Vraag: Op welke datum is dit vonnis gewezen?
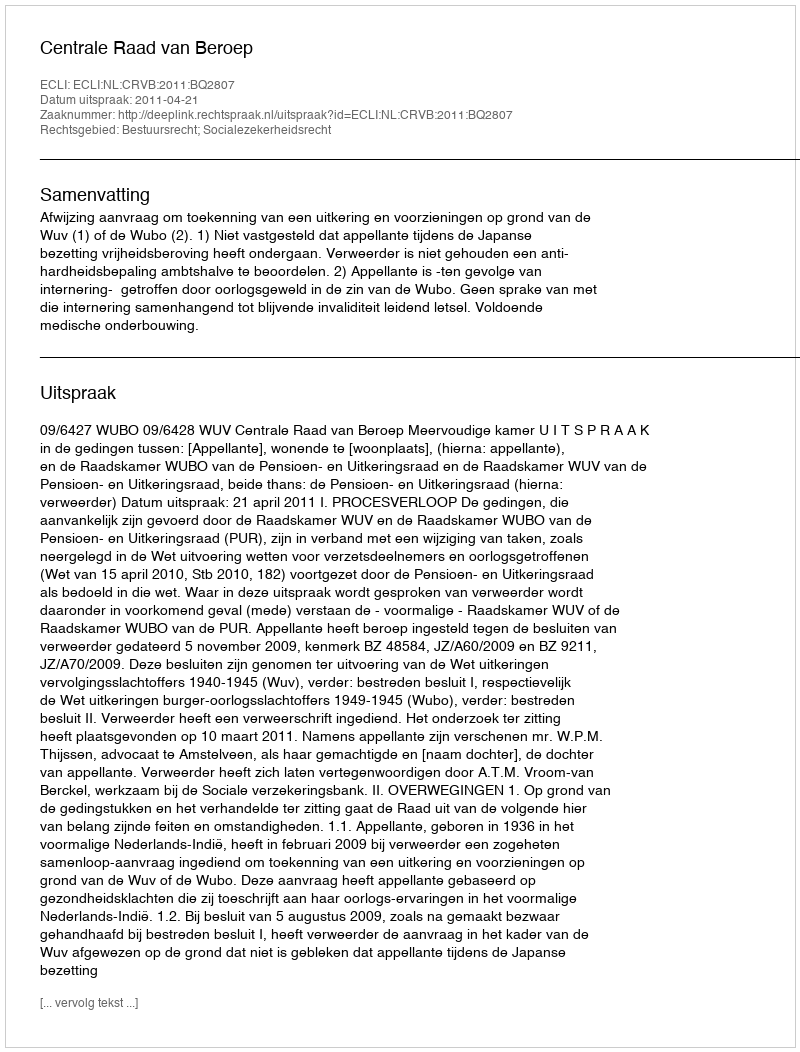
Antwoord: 2011-04-21